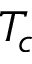
T _ { c }